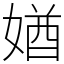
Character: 媨